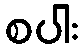
စပါး